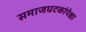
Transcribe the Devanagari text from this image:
समाजघटकांपेक्षा